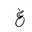
Letter: _gayn